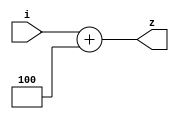
`timescale 1ns / 1ps
//////////////////////////////////////////////////////////////////////////////////
// Company: 
// Engineer: 
// 
// Design Name: 
// Module Name: NPC
// Project Name: 
// Target Devices: 
// Tool Versions: 
// Description: 
// 
// Dependencies: 
// 
// Revision:
// Revision 0.01 - File Created
// Additional Comments:
// 
//////////////////////////////////////////////////////////////////////////////////


module NPC(
    input [31:0] i,
    output[31:0] z
    );
    assign z=i+4; 
endmodule